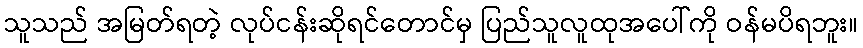
သူသည် အမြတ်ရတဲ့ လုပ်ငန်းဆိုရင်တောင်မှ ပြည်သူလူထုအပေါ်ကို ဝန်မပိရဘူး။